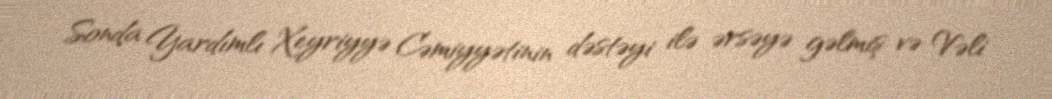
Sonda Yardımlı Xeyriyyə Cəmiyyətinin dəstəyi ilə ərsəyə gəlmiş və Vəli